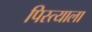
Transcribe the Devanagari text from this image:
पिस्त्याला